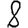
Digit: 8